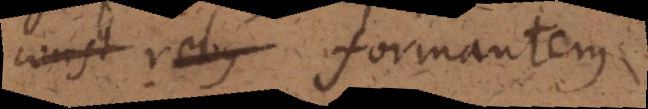
formantem